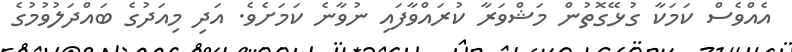
އެއްވެސް ކަމަކާ ގުޅޭގޮތުން މަޝްވަރާ ކުރައްވާފައި ނުވާނެ ކަމަށެވެ. އަދި މިއަދުގެ ބައްދަލުވުމުގެ